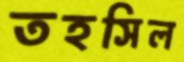
তহসিল